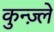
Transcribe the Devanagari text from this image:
कुन्ज़्ले